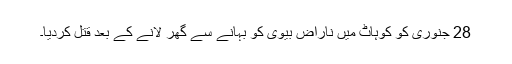
28 جنوری کو کوہاٹ میں ناراض بیوی کو بہانے سے گھر لانے کے بعد قتل کردیا۔